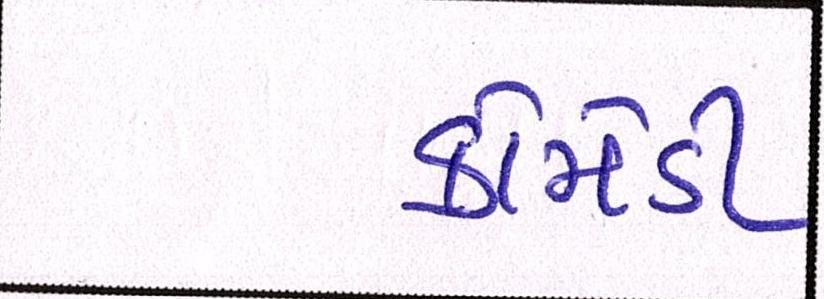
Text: કોમેડી